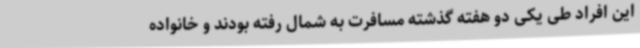
این افراد طی یکی دو هفته گذشته مسافرت به شمال رفته بودند و خانواده